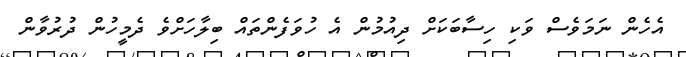
އެހެން ނަމަވެސް ވަކި ހިސާބަކަށް ދިއުމުން އެ ހުވަފެންތައް ބިލާހަށްވެ ދެމީހުން ދުރުވާން